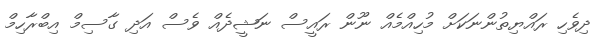
ދިވެހި ރައްޔިތުންނަކަށް މުހިއްމެއް ނޫން ރައީސް ނަޝީދެއް ވެސް އަދި ގާސިމް އިބްރާހިމް